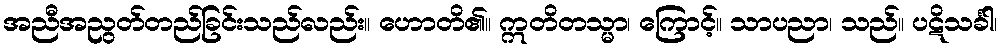
အညီအညွတ်တည်ခြင်းသည်လည်း။ ဟောတိ၏။ ဣတိတသ္မာ၊ ကြောင့်။ သာပညာ၊ သည်။ ပဋိသင်္ခါ၊